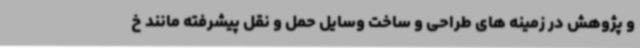
و پژوهش در زمینه های طراحی و ساخت وسایل حمل و نقل پیشرفته مانند خ